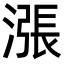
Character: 漲